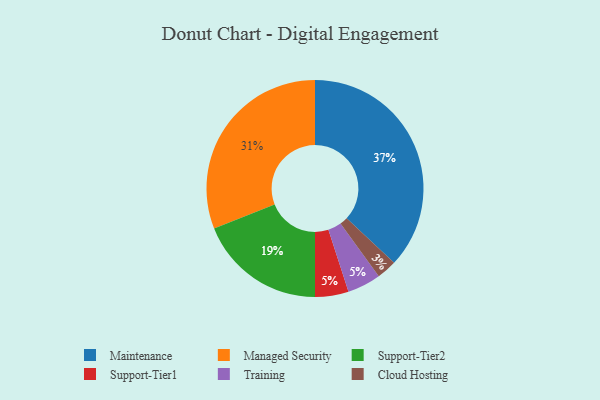
{"axis": {"x": "Category", "y": "Percentage"}, "legend": ["Cloud Hosting", "Maintenance", "Managed Security", "Support-Tier1", "Support-Tier2", "Training"], "data": [{"x": "Support-Tier1", "y": 5, "type": "Support-Tier1"}, {"x": "Support-Tier2", "y": 19, "type": "Support-Tier2"}, {"x": "Managed Security", "y": 31, "type": "Managed Security"}, {"x": "Maintenance", "y": 37, "type": "Maintenance"}, {"x": "Cloud Hosting", "y": 3, "type": "Cloud Hosting"}, {"x": "Training", "y": 5, "type": "Training"}]}